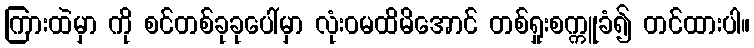
ကြားထဲမှာ ကို စင်တစ်ခုခုပေါ်မှာ လုံးဝမထိမိအောင် တစ်ရှုးစက္ကူခံ၍ တင်ထားပါ။